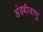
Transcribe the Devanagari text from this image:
अंडबीजाणु